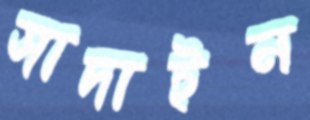
সাদাইন